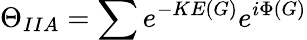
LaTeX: \Theta_{IIA}=\sum e^{-KE(G)}e^{i\Phi(G)}